Protection of India from yellow fever
Disease focus: Fever
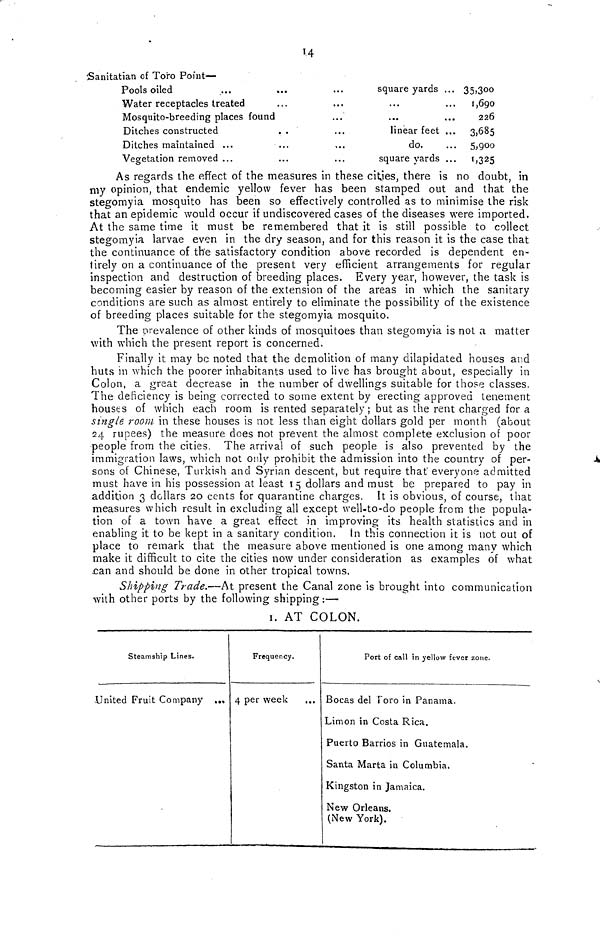
14
Sanitatian of Toro Point—
Pools oiled
....
...
...
square yards ... 35,300
Water receptacles treated
...
...
...
... 1,690
Mosquito-breeding places found
...
...
...
226
Ditches constructed
. .
...
linear feet ... 3,685
Ditches maintained ...
...
,..
do.
... 5;900
Vegetation removed ...
...
...
square yards ... 1,325
As regards the effect of the measures in these cities, there is no doubt, in
my opinion, that endemic yellow fever has been stamped out and that the
stegomyia mosquito has been so effectively controlled as to minimise the risk
that an epidemic would occur if undiscovered cases of the diseases were imported.
At the same time it must be remembered that it is still possible to collect
stegomyia larvae even in the dry season, and for this reason it is the case that
the continuance of the satisfactory condition above recorded is dependent en-
tirely on a continuance of the present very efficient arrangements for regular
inspection and destruction of breeding places. Every year, however, the task is
becoming easier by reason of the extension of the areas in which the sanitary
conditions are such as almost entirely to eliminate the possibility of the existence
of breeding places suitable for the stegomyia mosquito.
The orevalence of other kinds of mosquitoes than stegomyia is not a matter
with which the present report is concerned.
Finally it may be noted that the demolition of many dilapidated houses and
huts in which the poorer inhabitants used to live has brought about, especially in
Colon, a great decrease in the number of dwellings suitable for those classes.
The deficiency is being corrected to some extent by erecting approved tenement
houses of which each room is rented separately ; but as the rent charged for a
single room in these houses is not less than eight dollars gold per month (about
24 rupees) the measure does not prevent the almost complete exclusion of poor
people from the cities. The arrival of such people is also prevented by the
immigration laws, which not only prohibit the admission into the country of per-
sons of Chinese, Turkish and Syrian descent, but require that everyone admitted
must have in his possession at least 15 dollars and must be prepared to pay in
addition 3 dollars 20 cents for quarantine charges. It is obvious, of course, that
measures which result in excluding all except well-to-do people from the popula-
tion of a town have a great effect in improving its health statistics and in
enabling it to be kept in a sanitary condition. In this connection it is not out of
place to remark that the measure above mentioned is one among many which
make it difficult to cite the cities now under consideration as examples of
Shipping Trade.—At present the Canal zone is brought into communication
with other ports by the following shipping :—
1 AT COLON.
Steamship Lines.
United Fruit Company ..,
Frequency.
4 per week
Port of call in yellow fever zone.
Bocas del Foro in Panama,
Limon in Costa Rica.
Puerto Barrios in Guatemala.
Santa Marta in Columbia.
Kingston in Jamaica.
New Orleans.
(New York).